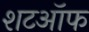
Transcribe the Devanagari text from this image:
शटऑफ